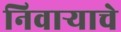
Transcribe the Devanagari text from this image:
निवाऱ्याचे